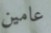
عامين